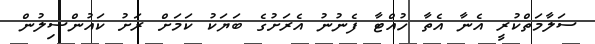
ސަލާމަތްކުރީ އެނާ އެތާ ހުއްޓާ ފެނުނު އެރަށުގެ ބަޔަކު ކަމަށް ރަށު ކައުންސިލުން